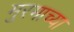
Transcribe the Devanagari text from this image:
मुरमाच्या